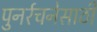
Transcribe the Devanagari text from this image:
पुनर्रचनेसाठी